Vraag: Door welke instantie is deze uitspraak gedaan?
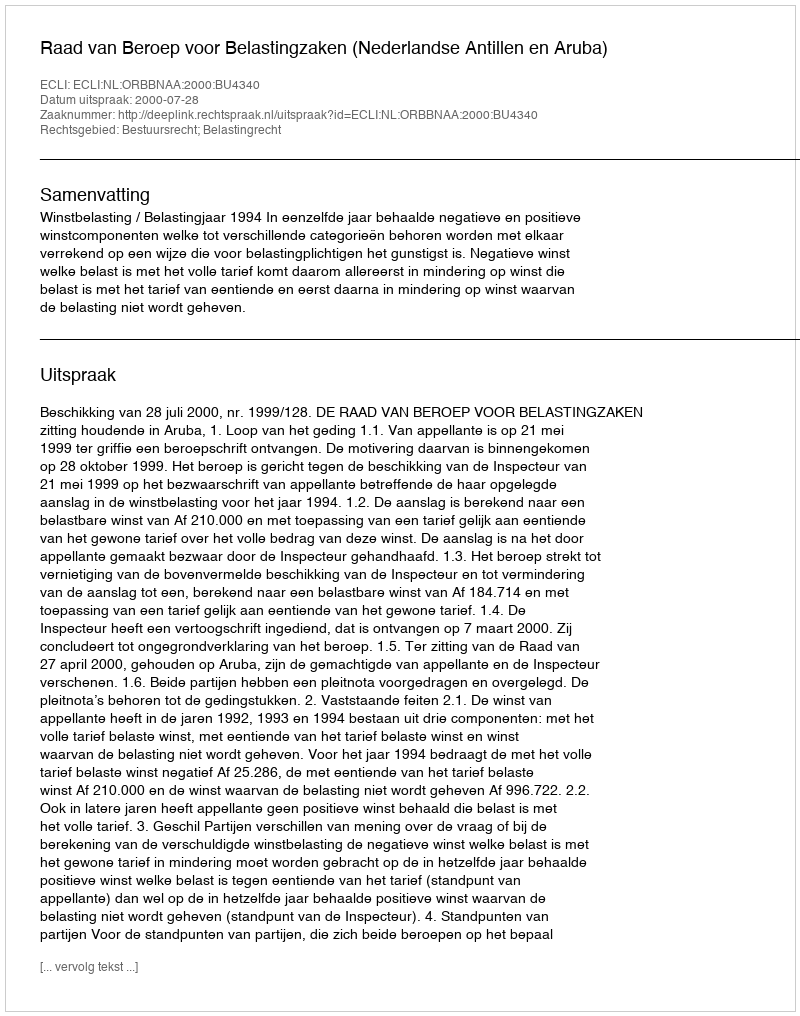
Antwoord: Raad van Beroep voor Belastingzaken (Nederlandse Antillen en Aruba)